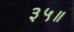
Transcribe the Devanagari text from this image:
३५॥